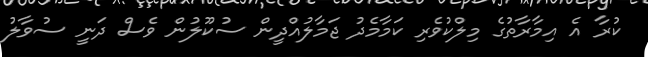
ކުރާ އެ އިމާރާތުގެ މިލްކުވެރި ކަމާމެދު ޖަމާލުއްދީން ސުކޫލުން ވެސް ދަނީ ސުވާލު